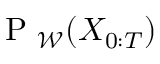
\mathrm { ~ P ~ } _ { \mathcal { W } } ( X _ { 0 : T } )